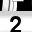
Digit: 2